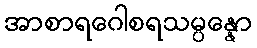
အာစာရဂေါစရသမ္ပန္နော